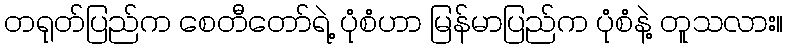
တရုတ်ပြည်က စေတီတော်ရဲ့ ပုံစံဟာ မြန်မာပြည်က ပုံစံနဲ့ တူသလား။